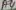
Text: A4